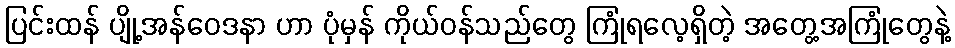
ပြင်းထန် ပျို့အန်ဝေဒနာ ဟာ ပုံမှန် ကိုယ်ဝန်သည်တွေ ကြုံရလေ့ရှိတဲ့ အတွေ့အကြုံတွေနဲ့